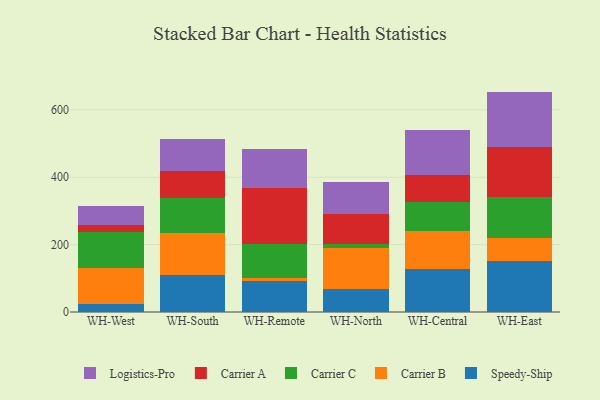
{"axis": {"x": "Warehouse", "y": "Headcount"}, "legend": ["Carrier A", "Carrier B", "Carrier C", "Logistics-Pro", "Speedy-Ship"], "data": [{"x": "WH-West", "y": 25.2, "type": "Speedy-Ship"}, {"x": "WH-West", "y": 105.6, "type": "Carrier B"}, {"x": "WH-West", "y": 105.8, "type": "Carrier C"}, {"x": "WH-West", "y": 22.6, "type": "Carrier A"}, {"x": "WH-West", "y": 54.4, "type": "Logistics-Pro"}, {"x": "WH-South", "y": 108.6, "type": "Speedy-Ship"}, {"x": "WH-South", "y": 127.3, "type": "Carrier B"}, {"x": "WH-South", "y": 101.5, "type": "Carrier C"}, {"x": "WH-South", "y": 80.6, "type": "Carrier A"}, {"x": "WH-South", "y": 94.6, "type": "Logistics-Pro"}, {"x": "WH-Remote", "y": 92.4, "type": "Speedy-Ship"}, {"x": "WH-Remote", "y": 9.9, "type": "Carrier B"}, {"x": "WH-Remote", "y": 99.1, "type": "Carrier C"}, {"x": "WH-Remote", "y": 165.3, "type": "Carrier A"}, {"x": "WH-Remote", "y": 118.5, "type": "Logistics-Pro"}, {"x": "WH-North", "y": 68.8, "type": "Speedy-Ship"}, {"x": "WH-North", "y": 119.7, "type": "Carrier B"}, {"x": "WH-North", "y": 14.3, "type": "Carrier C"}, {"x": "WH-North", "y": 88.8, "type": "Carrier A"}, {"x": "WH-North", "y": 94.8, "type": "Logistics-Pro"}, {"x": "WH-Central", "y": 126.8, "type": "Speedy-Ship"}, {"x": "WH-Central", "y": 112.4, "type": "Carrier B"}, {"x": "WH-Central", "y": 85.9, "type": "Carrier C"}, {"x": "WH-Central", "y": 81.2, "type": "Carrier A"}, {"x": "WH-Central", "y": 134.0, "type": "Logistics-Pro"}, {"x": "WH-East", "y": 150.2, "type": "Speedy-Ship"}, {"x": "WH-East", "y": 69.7, "type": "Carrier B"}, {"x": "WH-East", "y": 122.0, "type": "Carrier C"}, {"x": "WH-East", "y": 148.2, "type": "Carrier A"}, {"x": "WH-East", "y": 164.0, "type": "Logistics-Pro"}]}